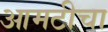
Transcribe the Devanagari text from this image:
आमटीचा